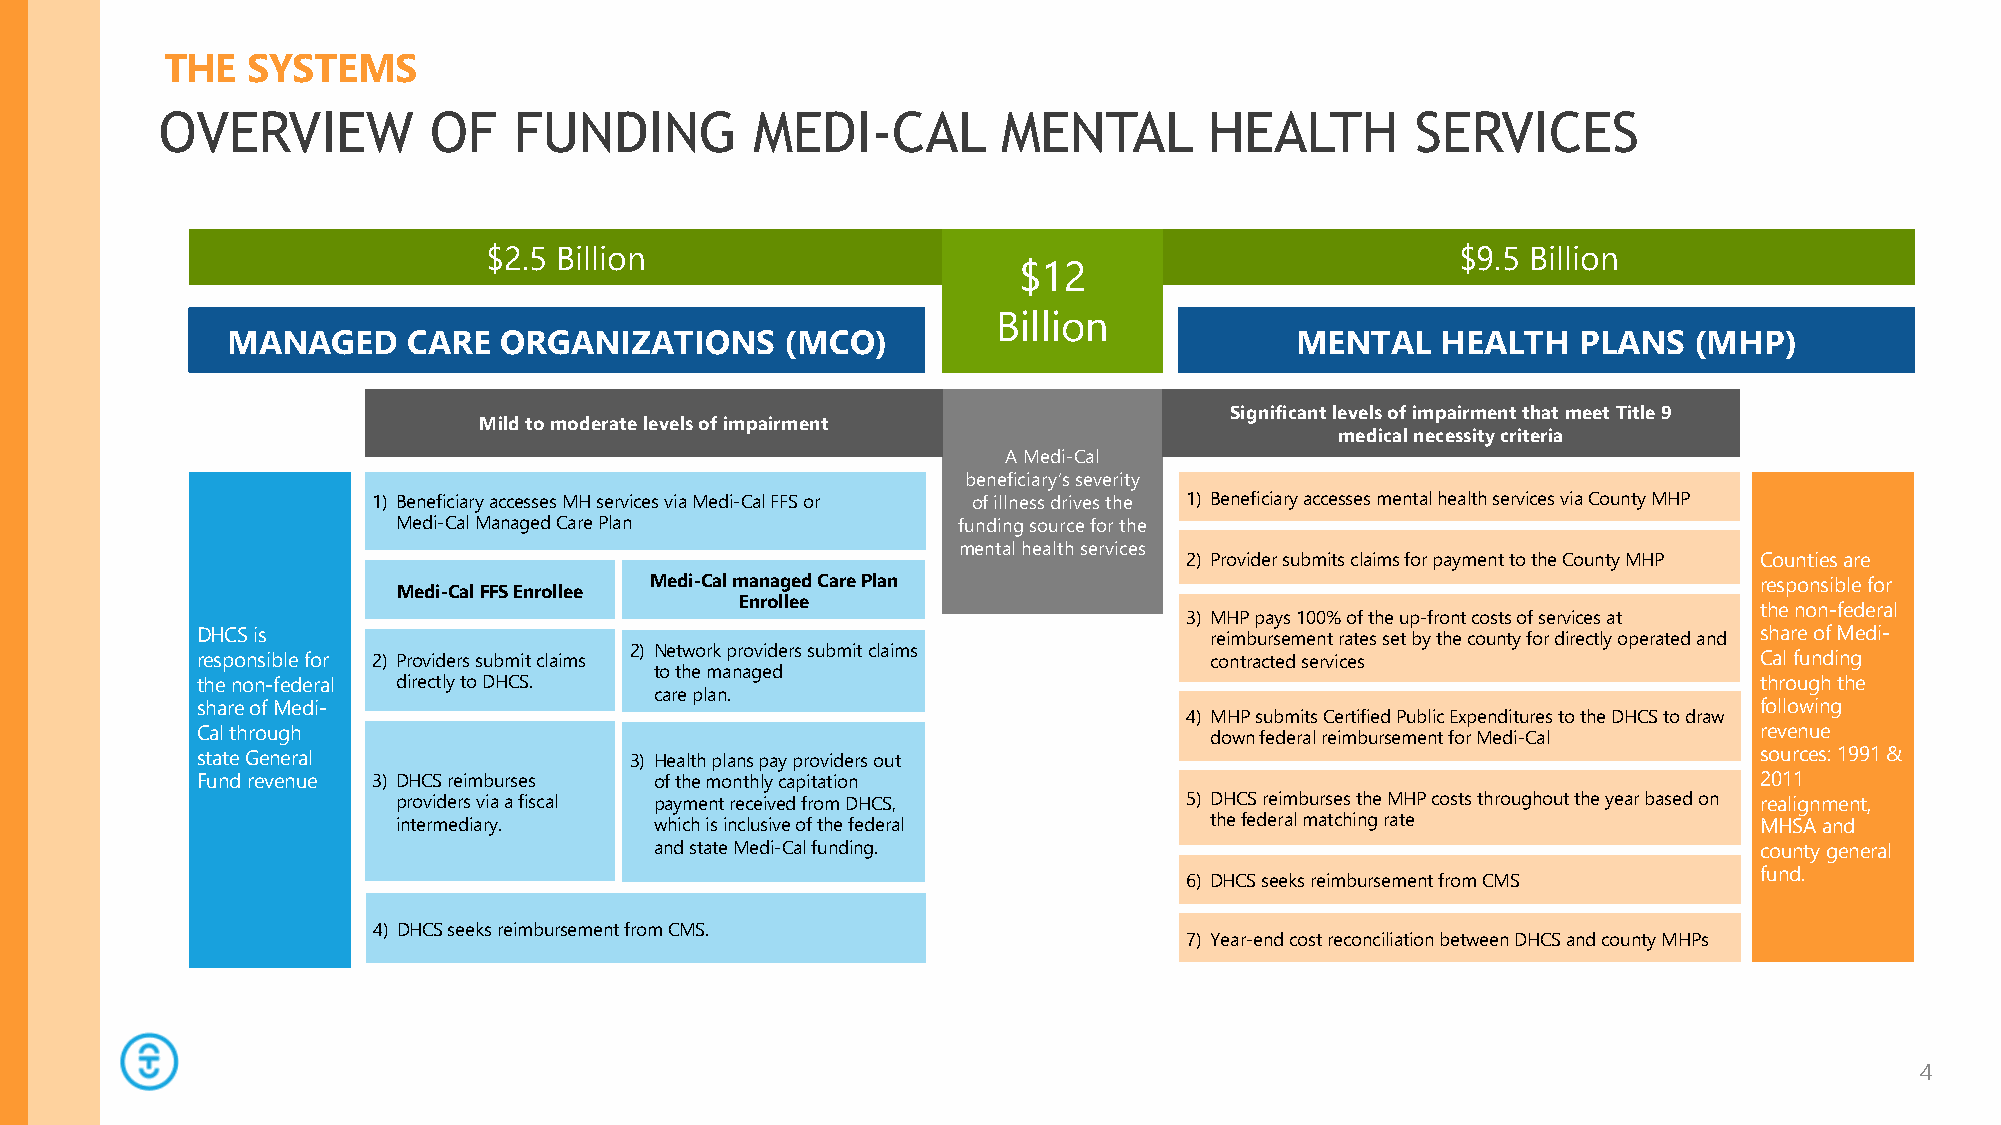
THE  SYSTEMS
 OVERVIEW         OF    FUNDING         MEDI-CAL        MENTAL        HEALTH        SERVICES
 $2.5 Billion                                                     $9.5 Billion
 $12
 Billion
 MANAGED     CARE  ORGANIZATIONS      (MCO)                             MENTAL   HEALTH   PLANS   (MHP)
 Significant levels of impairment that meet Title 9
 Mild to moderate levels of impairment
 medical necessity criteria
 A Medi-Cal
 beneficiary’s severity
 1) Beneficiary accesses MH services via Medi-Cal FFS or of illness drives the 1) Beneficiary accesses mental health services via County MHP
 Medi-Cal Managed Care Plan           funding source for the
 mental health services
 2) Provider submits claims for payment to the County MHP Counties are
 Medi-Cal managed Care Plan                                               responsible for
 Medi-Cal FFS Enrollee
 Enrollee
 the non-federal
 3) MHP pays 100% of the up-front costs of services at
 DHCS is                                                            reimbursement rates set by the county for directly operated and share of Medi-
 responsible for 2) Providers submit claims 2) Network providers submit claims contracted services      Cal funding
 to the managed
 the non-federal directly to DHCS.                                                                      through the
 care plan.
 share of Medi-                                                                                         following
 4) MHP submits Certified Public Expenditures to the DHCS to draw
 Cal through                                                        down federal reimbursement for Medi-Cal revenue
 state General                3) Health plans pay providers out                                         sources: 1991 &
 Fund revenue 3) DHCS reimburses of the monthly capitation                                              2011
 providers via a fiscal payment received from DHCS,   5) DHCS reimburses the MHP costs throughout the year based on realignment,
 intermediary.    which is inclusive of the federal    the federal matching rate           MHSA and
 and state Medi-Cal funding.                                              county general
 fund.
 6) DHCS seeks reimbursement from CMS
 4) DHCS seeks reimbursement from CMS.
 7) Year-end cost reconciliation between DHCS and county MHPs
 4